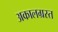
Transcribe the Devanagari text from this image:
अकालग्रस्त